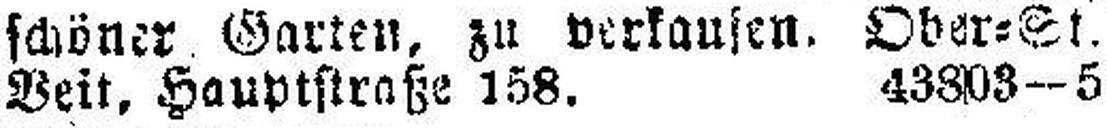
Veit, Hauptstraße 158. 43803—5